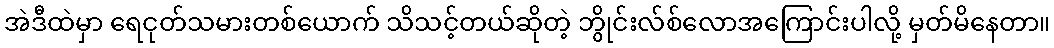
အဲဒီထဲမှာ ရေငုတ်သမားတစ်ယောက် သိသင့်တယ်ဆိုတဲ့ ဘွိုင်းလ်စ်လောအကြောင်းပါလို့ မှတ်မိနေတာ။